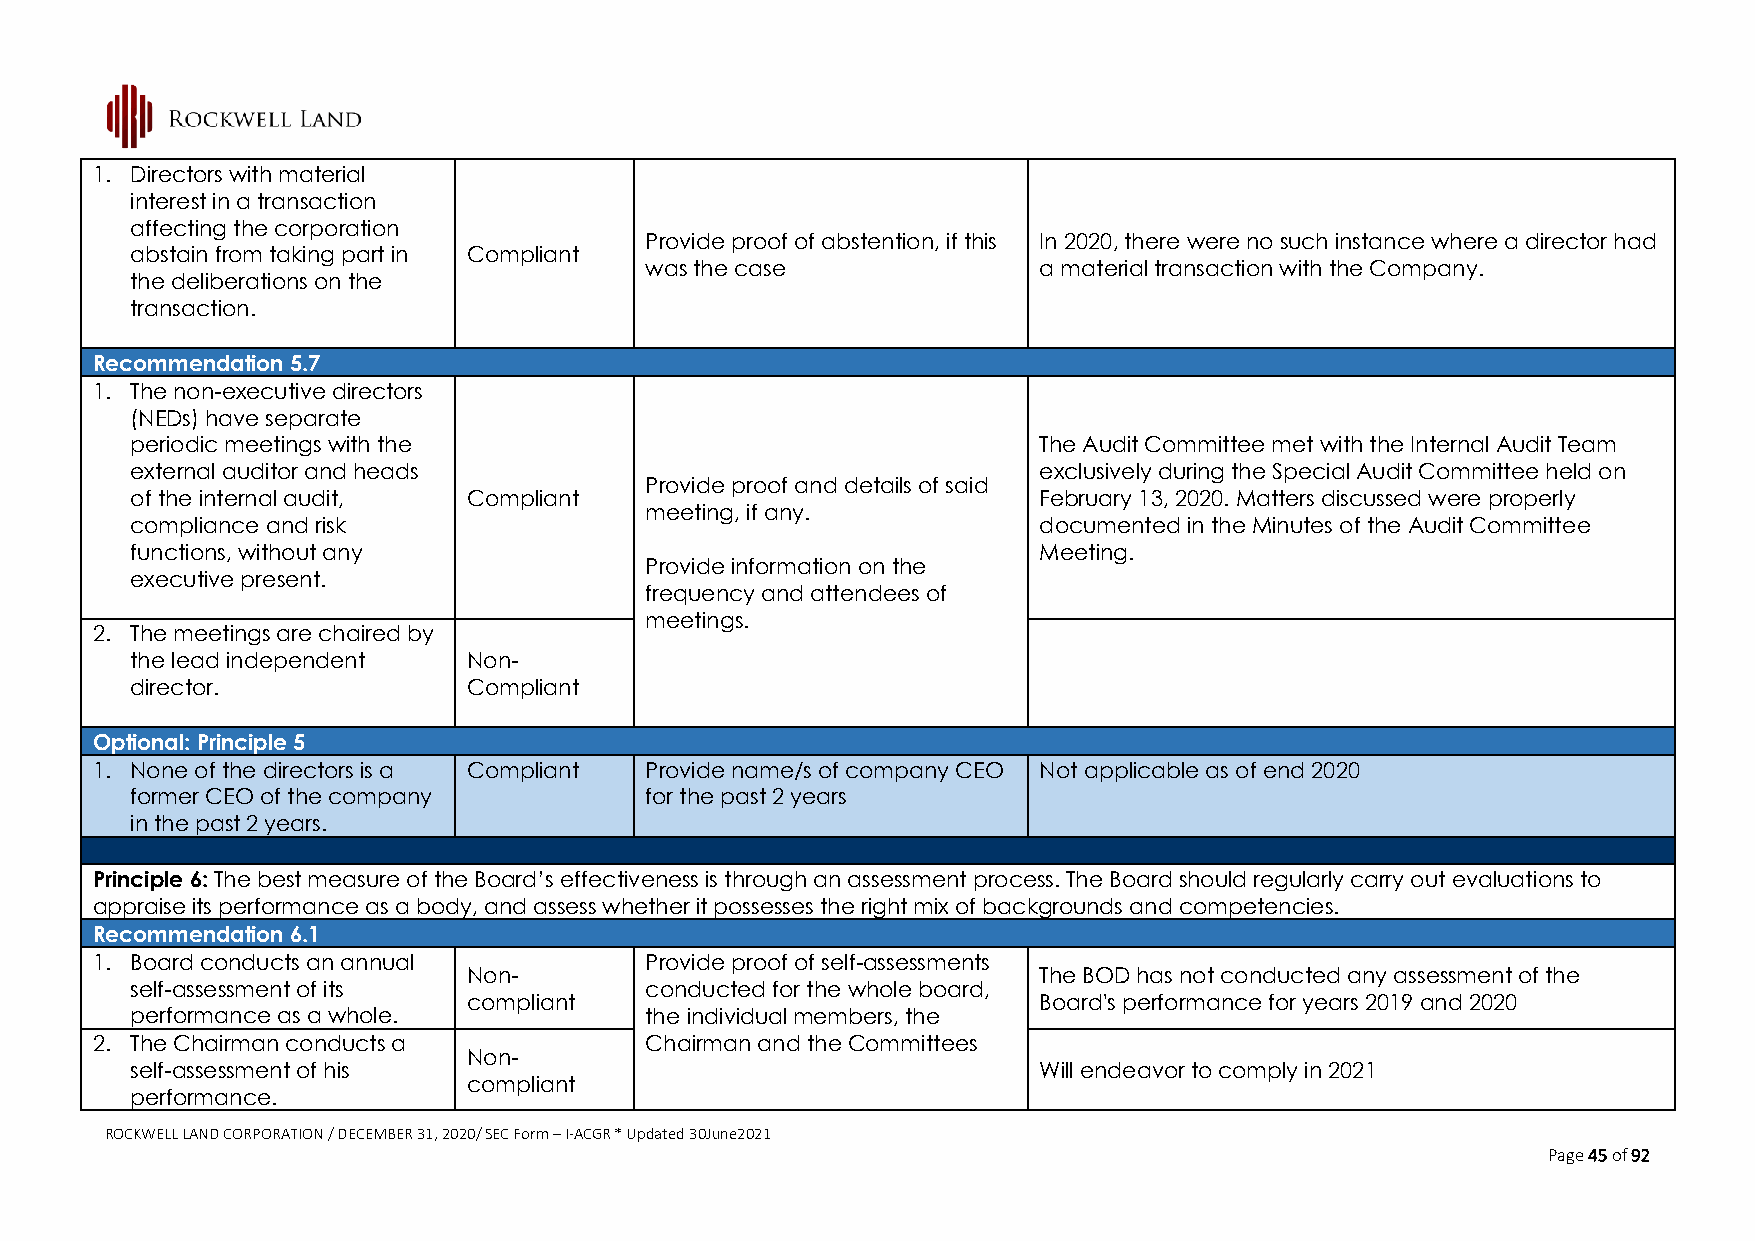
1. Directors with material
 interest in a transaction
 affecting the corporation
 Provide proof of abstention, if this In 2020, there were no such instance where a director had
 abstain from taking part in Compliant
 was the case              a material transaction with the Company.
 the deliberations on the
 transaction.
 Recommendation 5.7
 1. The non-executive directors
 (NEDs) have separate
 periodic meetings with the                                  The Audit Committee met with the Internal Audit Team
 external auditor and heads                                  exclusively during the Special Audit Committee held on
 Provide proof and details of said
 of the internal audit, Compliant                            February 13, 2020. Matters discussed were properly
 meeting, if any.
 compliance and risk                                         documented in the Minutes of the Audit Committee
 functions, without any                                      Meeting.
 Provide information on the
 executive present.
 frequency and attendees of
 meetings.
 2. The meetings are chaired by
 the lead independent  Non-
 director.             Compliant
 Optional: Principle 5
 1. None of the directors is a Compliant Provide name/s of company CEO Not applicable as of end 2020
 former CEO of the company         for the past 2 years
 in the past 2 years.
 Principle 6: The best measure of the Board’s effectiveness is through an assessment process. The Board should regularly carry out evaluations to
 appraise its performance as a body, and assess whether it possesses the right mix of backgrounds and competencies.
 Recommendation 6.1
 1. Board conducts an annual          Provide proof of self-assessments
 Non-                                  The BOD has not conducted any assessment of the
 self-assessment of its            conducted for the whole board,
 compliant                             Board's performance for years 2019 and 2020
 performance as a whole.           the individual members, the
 2. The Chairman conducts a           Chairman and the Committees
 Non-
 self-assessment of his                                      Will endeavor to comply in 2021
 compliant
 performance.
 ROCKWELL LAND CORPORATION / DECEMBER 31, 2020/ SEC Form – I-ACGR * Updated 30June2021
 Page 45 of 92